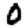
Digit: 0